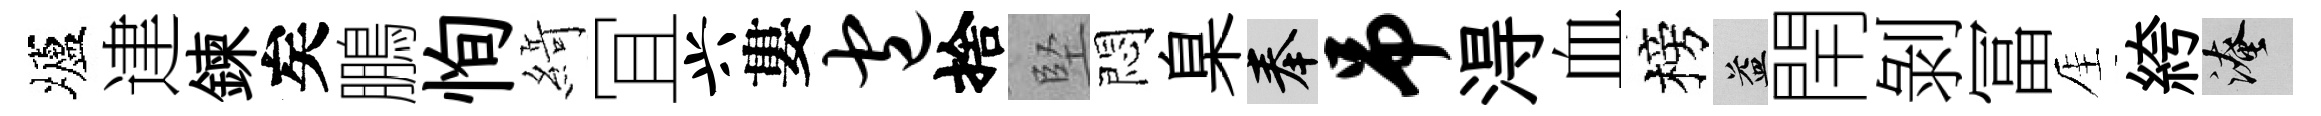
壚䢖鍊矣鵬恂𦂶冝兴婁包捨堅悶臬奉吊淂血榜益閈剝冨厓絝淹